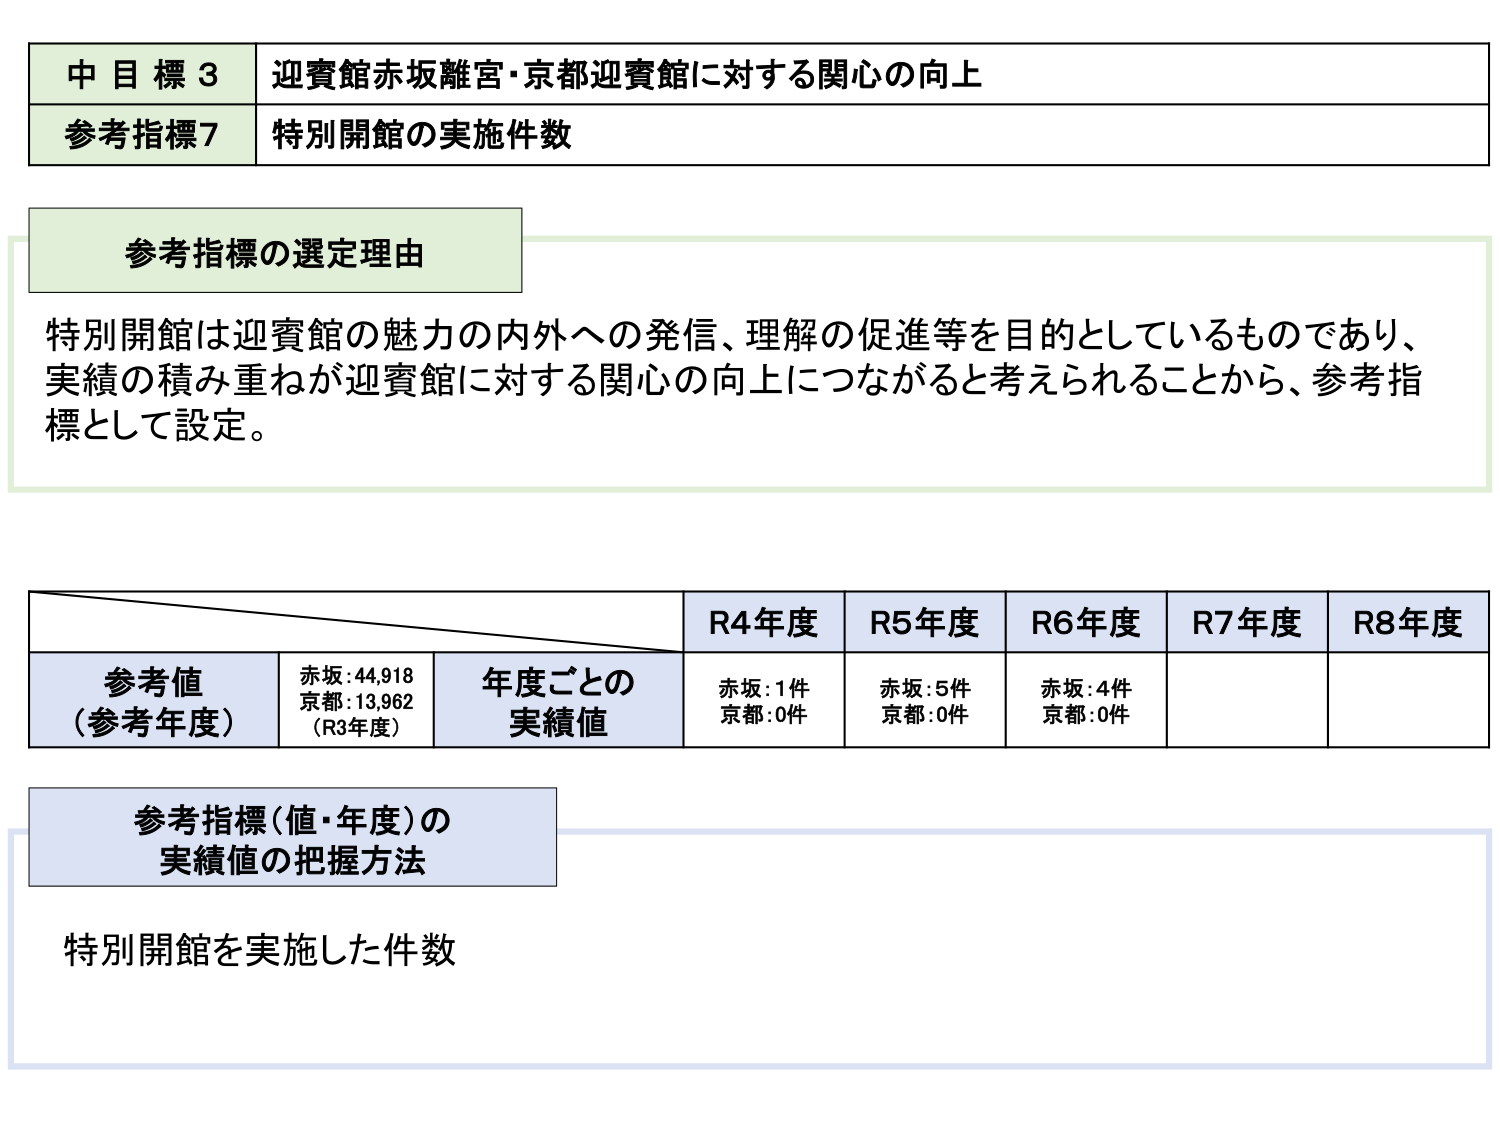
中目標3 迎賓館赤坂離宮・京都迎賓館に対する関心の向上
参考指標7 特別開館の実施件数

参考指標の選定理由
特別開館は迎賓館の魅力の内外への発信、理解の促進等を目的としているものであり、
実績の積み重ねが迎賓館に対する関心の向上につながると考えられることから、参考指標として設定。

R4年度 R5年度 R6年度 R7年度 R8年度
参考値（参考年度） 赤坂:44,918 京都:13,962（R3年度） 年度ごとの実績値 赤坂:1件 京都:0件 赤坂:5件 京都:0件 赤坂:4件 京都:0件

参考指標（値・年度）の実績値の把握方法
特別開館を実施した件数